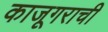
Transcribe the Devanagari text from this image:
काजूगराची